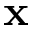
\mathbf { x }